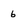
Character: 6